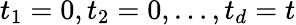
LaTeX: t_{1}=0,t_{2}=0,\ldots,t_{d}=t